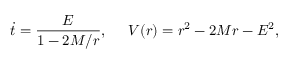
\dot { t } = \frac { E } { 1 - 2 M / r } , \; \; \; \; \; V ( r ) = r ^ { 2 } - 2 M r - E ^ { 2 } ,